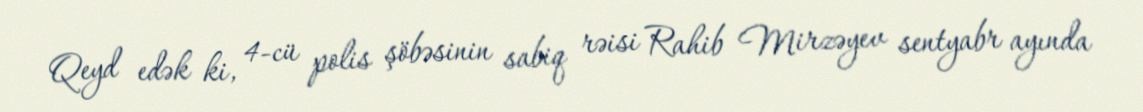
Qeyd edək ki, 4-cü polis şöbəsinin sabiq rəisi Rahib Mirzəyev sentyabr ayında